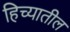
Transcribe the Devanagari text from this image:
हिच्यातील